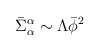
\begin{align*}\bar{\Sigma}^{\alpha}_{\alpha } \sim \Lambda \bar{\phi}^2\end{align*}